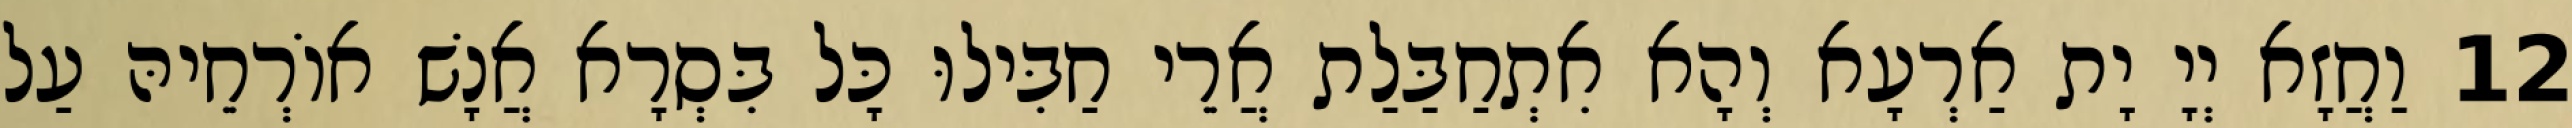
12 וַחֲזָא יְיָ יָת אַרְעָא וְהָא אִתְחַבַּלַת אֲרֵי חַבִּילוּ כָּל בִּסְרָא אֲנָשׁ אוֹרְחֵיהּ עַל